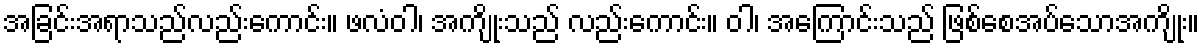
အခြင်းအရာသည်လည်းကောင်း။ ဖလံဝါ၊ အကျိုးသည် လည်းကောင်း။ ဝါ၊ အကြောင်းသည် ဖြစ်စေအပ်သောအကျိုး။